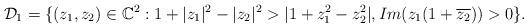
LaTeX: \begin{align*}\mathcal{D}_1 = \{(z_1,z_2)\in \mathbb{C}^2 : 1+|z_1|^2-|z_2|^2>|1+ z_1 ^2 -z_2 ^2|, Im(z_1 (1+\overline{z_2}))>0\}.\end{align*}